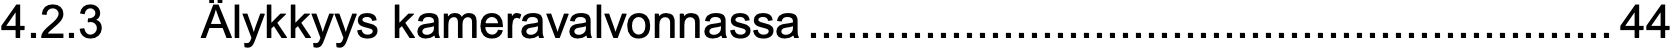
4.2.3  Älykkyys kameravalvonnassa..............................................................44